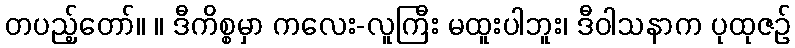
တပည့်တော်။ ။ ဒီကိစ္စမှာ ကလေး-လူကြီး မထူးပါဘူး၊ ဒီဝါသနာက ပုထုဇဉ်